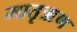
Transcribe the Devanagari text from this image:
मातृऋण